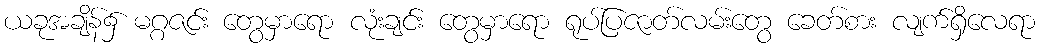
ယခုအချိန်၌ မဂ္ဂဇင်း တွေမှာရော လုံးချင်း တွေမှာရော ရုပ်ပြဇာတ်လမ်းတွေ ခေတ်စား လျက်ရှိလေရာ